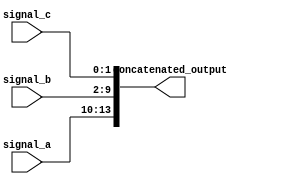
module concat_example(
    input wire [3:0] signal_a,   // 4-bit input signal
    input wire [7:0] signal_b,   // 8-bit input signal
    input wire [1:0] signal_c,   // 2-bit input signal
    output wire [13:0] concatenated_output // Total bit width = 4 + 8 + 2 = 14 bits
);

// Continuous assignment using concatenation operator
assign concatenated_output = {signal_a, signal_b, signal_c}; // Concatenate signals

endmodule